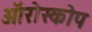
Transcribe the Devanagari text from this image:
ऑरोस्कोप